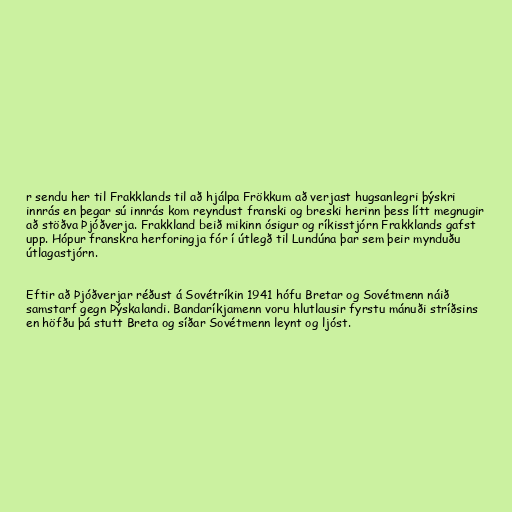
r sendu her til Frakklands til að hjálpa Frökkum að verjast hugsanlegri þýskri
innrás en þegar sú innrás kom reyndust franski og breski herinn þess lítt megnugir
að stöðva Þjóðverja. Frakkland beið mikinn ósigur og ríkisstjórn Frakklands gafst
upp. Hópur franskra herforingja fór í útlegð til Lundúna þar sem þeir mynduðu
útlagastjórn.

Eftir að Þjóðverjar réðust á Sovétríkin 1941 hófu Bretar og Sovétmenn náið
samstarf gegn Þýskalandi. Bandaríkjamenn voru hlutlausir fyrstu mánuði stríðsins
en höfðu þá stutt Breta og síðar Sovétmenn leynt og ljóst.